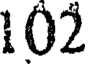
102